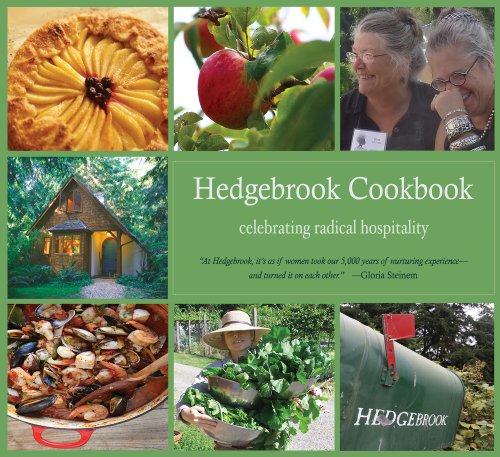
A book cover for Hedgebrook Cookbook: Celebrating Radical Hospitality; Denise Barr; Cookbooks, Food & Wine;